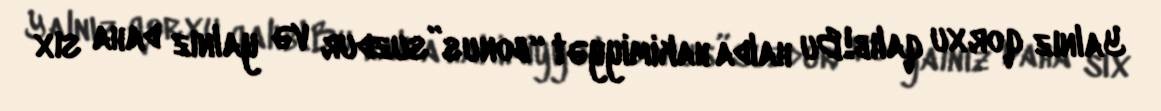
Yalnız qorxu qalıb!Bu halda hakimiyyət “bonus”suzdur və yalnız daha sıx